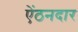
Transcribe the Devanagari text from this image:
ऐंठनदार